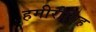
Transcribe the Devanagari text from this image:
हमीरीसिंह